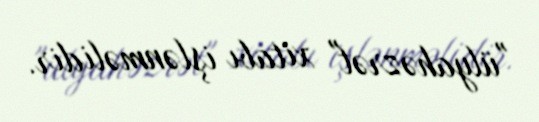
"ülyahəzrət" xitabı işlənməlidir.